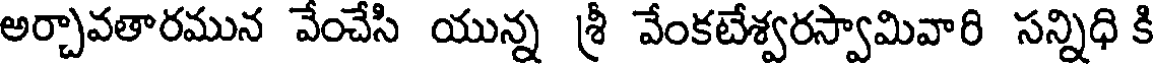
అర్చావతారమున వేంచేసి యున్న శ్రీ వేంకటేశ్వరస్వామివారి సన్నిధి కి